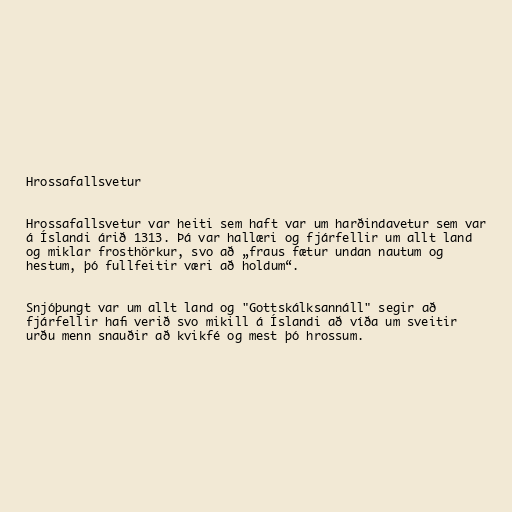
Hrossafallsvetur

Hrossafallsvetur var heiti sem haft var um harðindavetur sem var
á Íslandi árið 1313. Þá var hallæri og fjárfellir um allt land
og miklar frosthörkur, svo að „fraus fætur undan nautum og
hestum, þó fullfeitir væri að holdum“.

Snjóþungt var um allt land og "Gottskálksannáll" segir að
fjárfellir hafi verið svo mikill á Íslandi að víða um sveitir
urðu menn snauðir að kvikfé og mest þó hrossum.